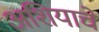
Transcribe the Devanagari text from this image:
अशियाचे